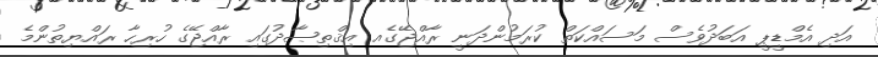
އަދި އެމްޑީޕީ އަބަދުވެސް މަސައްކަތް ކުރަމުންދަނީ ރާއްޖޭގެއ އިޤްތިޞާދުގައި ރާއްޖޭގެ ހުރިހާ ރައްޔިތުންމެ